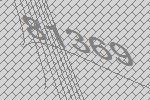
81369